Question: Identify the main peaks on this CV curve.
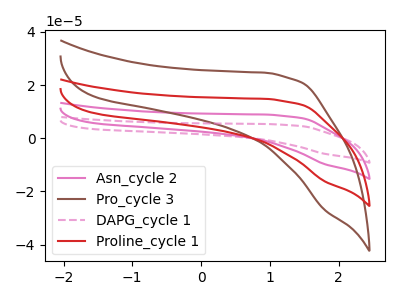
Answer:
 <answer>The pink curve "Asn_cycle 2" has no peaks. The brown curve "Pro_cycle 3" has no peaks. The pink dashed curve "DAPG_cycle 1" has no peaks. The red curve "Proline_cycle 1" has no peaks.</answer>
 <eval></eval>